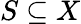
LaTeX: S\subseteq X